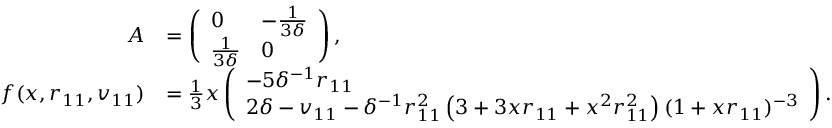
\begin{array} { r l } { A } & { = \left( \begin{array} { l l } { 0 } & { - \frac { 1 } { 3 \delta } } \\ { \frac { 1 } { 3 \delta } } & { 0 } \end{array} \right) , } \\ { f ( x , r _ { 1 1 } , v _ { 1 1 } ) } & { = \frac 1 3 x \left( \begin{array} { l } { - 5 \delta ^ { - 1 } r _ { 1 1 } } \\ { 2 \delta - v _ { 1 1 } - \delta ^ { - 1 } r _ { 1 1 } ^ { 2 } \left( 3 + 3 x r _ { 1 1 } + x ^ { 2 } r _ { 1 1 } ^ { 2 } \right) { ( 1 + x r _ { 1 1 } ) ^ { - 3 } } } \end{array} \right) . } \end{array}